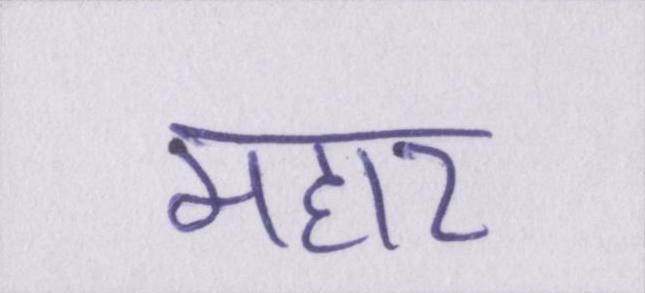
महार